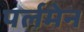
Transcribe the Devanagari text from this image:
पर्लमेन